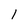
Character: 1